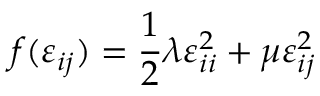
f ( \varepsilon _ { i j } ) = { \frac { 1 } { 2 } } \lambda \varepsilon _ { i i } ^ { 2 } + \mu \varepsilon _ { i j } ^ { 2 }